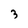
Character: 3